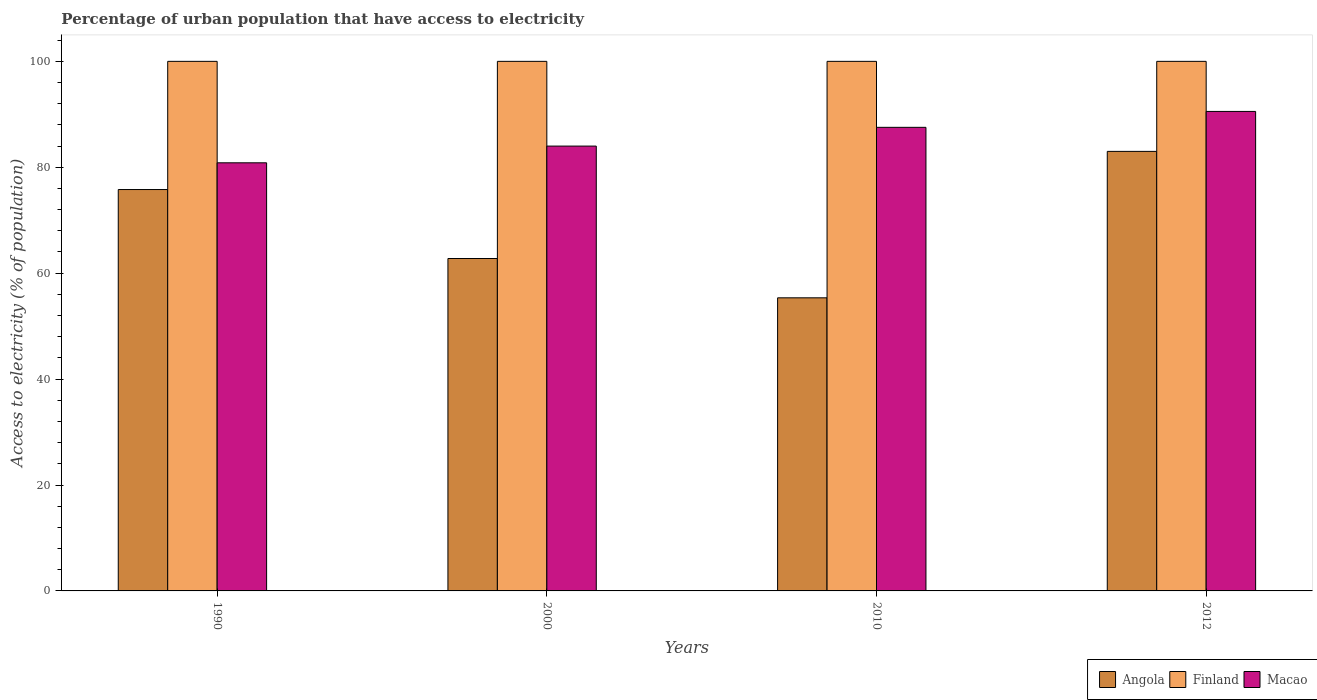
| Years | Angola | Finland | Macao |
 | --- | --- | --- | --- |
 | 1990 | 75.8 | 100 | 80.8 |
 | 2000 | 62.8 | 100 | 84 |
 | 2010 | 55.3 | 100 | 87.5 |
 | 2012 | 83 | 100 | 90.5 |